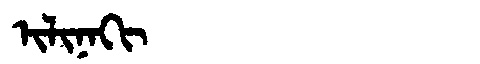
Manchu: ᡳᠯᡳᠨᠠᡴᡳ
Romanization: ILINAKI